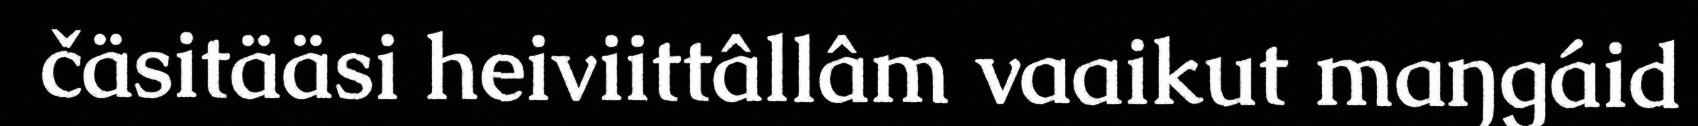
čäsitääsi heiviittâllâm vaaikut maŋgáid